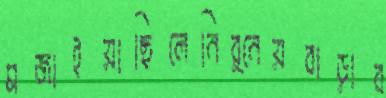
মজাইয়াছিলেনির্নেয়বাড়াব